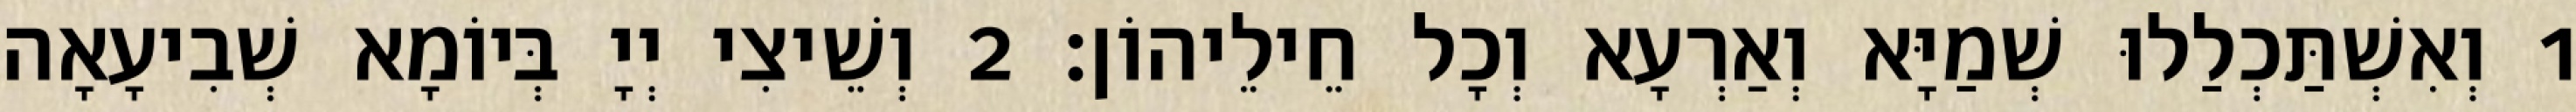
1 וְאִשְׁתַּכְלַלוּ שְׁמַיָּא וְאַרְעָא וְכָל חֵילֵיהוֹן׃ 2 וְשֵׁיצִי יְיָ בְּיוֹמָא שְׁבִיעָאָה